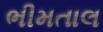
ભીમતાલ